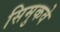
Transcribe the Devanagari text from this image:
सिमुकवे